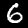
Label: 6